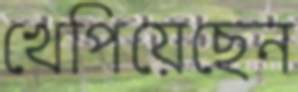
খেপিয়েছেন